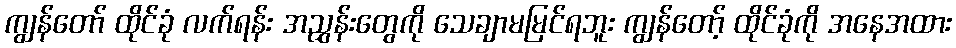
ကျွန်တော် ထိုင်ခုံ လက်ရန်း အညွှန်းတွေကို သေချာမမြင်ရဘူး ကျွန်တော့် ထိုင်ခုံကို အနေအထား